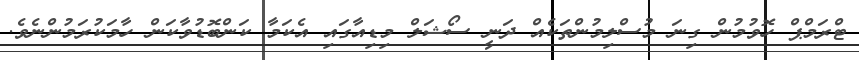
ޓްރަމްޕް ހޮވުމުން ގިނަ މުސްލިމުންތަކެއް ދަނީ ސޯޝަލް މިޑިއާގައި އެކަމާ ކަންބޮޑުވާކަން ހާމަކުރަމުންނެވެ.